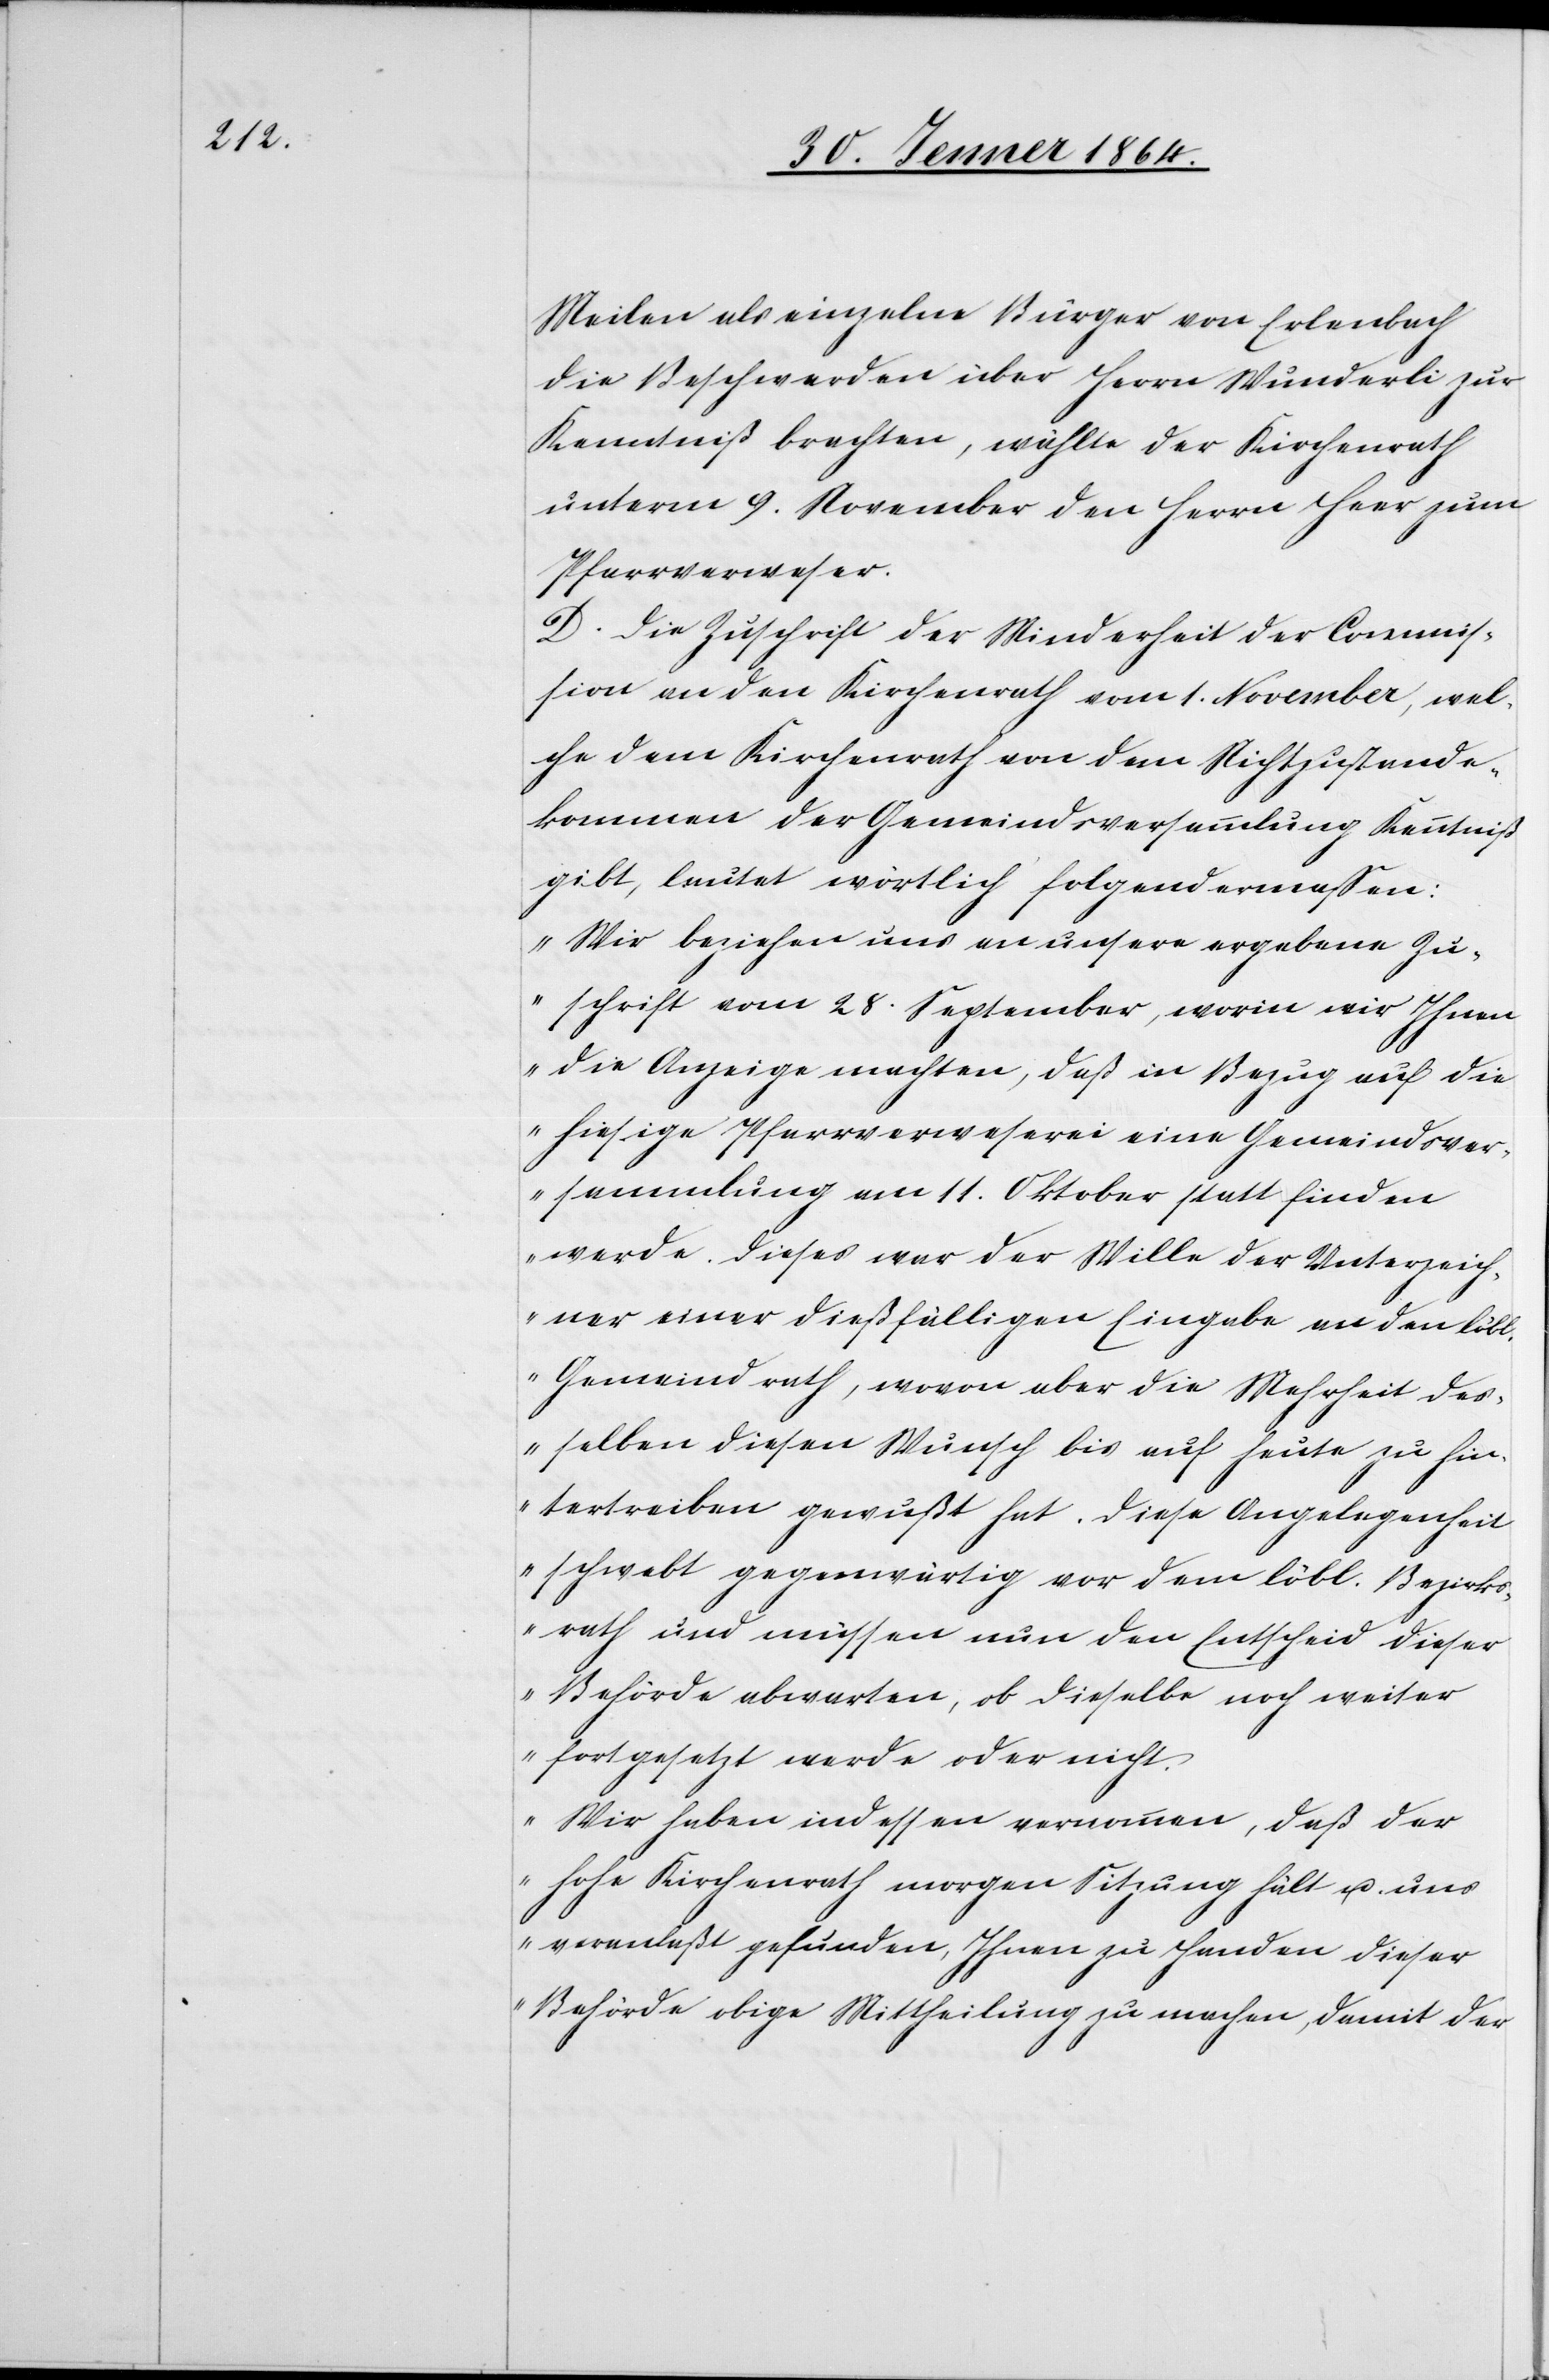
Meilen als einzelne Bürger von Erlenbach
die Beschwerden über Herrn Wunderli zur
Kenntniß brachten, wählte der Kirchenrath
unterm 9. November den Herrn Heer zum
Pfarrverweser.
D. Die Zuschrift der Minderheit der Commis¬
sion an den Kirchenrath vom 1. November, wel¬
che dem Kirchenrath von dem Nichtzustande¬
kommen der Gemeindsversammlung Kenntniß
gibt, lautet wörtlich folgendermassen:
„Wir beziehen uns an [sic!] unsere ergebene Zu¬
schrift vom 28. September, worin wir Ihnen
die Anzeige machten, daß in Bezug auf die
hiesige Pfarrverweserei eine Gemeindsver¬
sammlung am 11. Oktober statt finden
werde. Dieses war der Wille der Unterzeich¬
ner einer dießfälligen Eingabe an den löbl.
Gemeindrath, wovon aber die Mehrheit des¬
selben diesen Wunsch bis auf heute zu hin¬
tertreiben gewußt hat. Diese Angelegenheit
schwebt gegenwärtig vor dem löbl. Bezirks¬
rath und müssen nun den Entscheid dieser
Behörde abwarten, ob dieselbe noch weiter
fortgesetzt werde oder nicht.
Wir haben indessen vernommen, daß der
hohe Kirchenrath morgen Sitzung hält u. uns
veranlaßt gefunden, Ihnen zu Handen dieser
Behörde obige Mittheilung zu machen, damit der